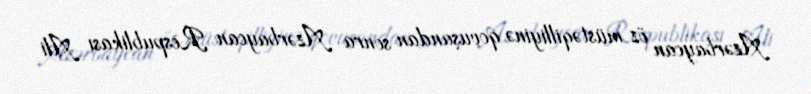
Azərbaycan öz müstəqilliyinə qovuşandan sonra Azərbaycan Respublikası Ali